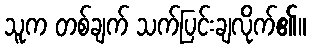
သူက တစ်ချက် သက်ပြင်းချလိုက်၏။